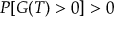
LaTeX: P [ G ( T ) > 0 ] > 0